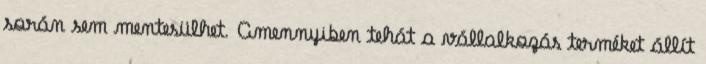
során sem mentesülhet. Amennyiben tehát a vállalkozás terméket állít